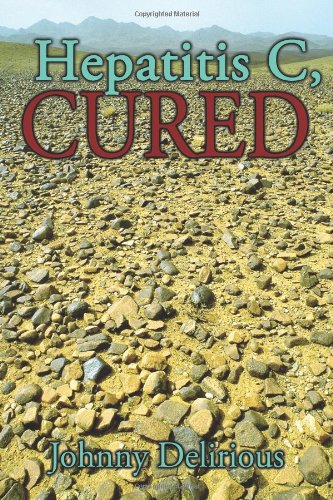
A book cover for Hepatitis C, Cured; Johnny Delirious; Health, Fitness & Dieting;